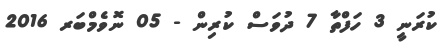
ކުރަނީ 3 ހަފްތާ 7 ދުވަސް ކުރިން - 05 ނޮވެމްބަރ 2016